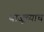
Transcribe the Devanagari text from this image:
बाजूच्याच